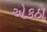
એકઠા